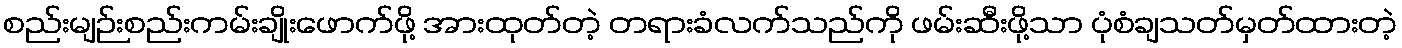
စည်းမျဉ်းစည်းကမ်းချိုးဖောက်ဖို့ အားထုတ်တဲ့ တရားခံလက်သည်ကို ဖမ်းဆီးဖို့သာ ပုံစံချသတ်မှတ်ထားတဲ့